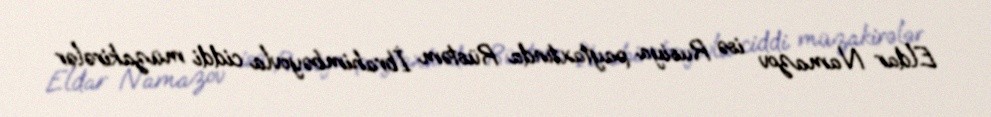
Eldar Namazov isə Rusiya paytaxtında Rüstəm İbrahimbəyovla ciddi müzakirələr